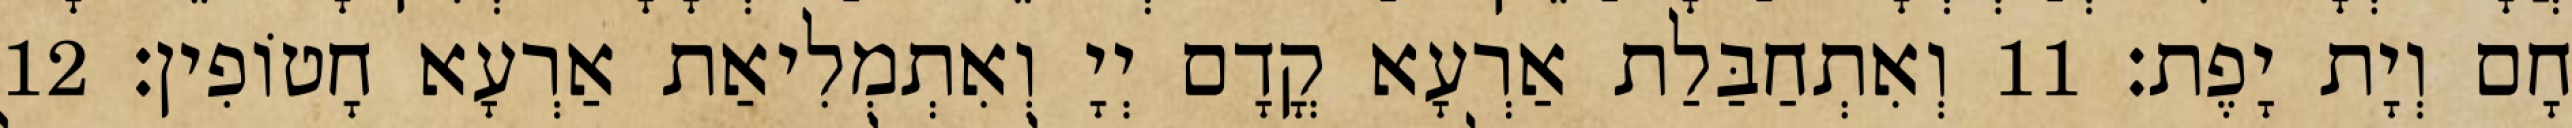
חָם וְיָת יָפֶת׃ 11 וְאִתְחַבַּלַת אַרְעָא קֳדָם יְיָ וְאִתְמְלִיאַת אַרְעָא חָטוֹפִין׃ 12